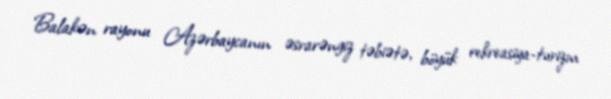
Balakən rayonu Azərbaycanın əsrarəngiz təbiətə, böyük rekreasiya-turizm